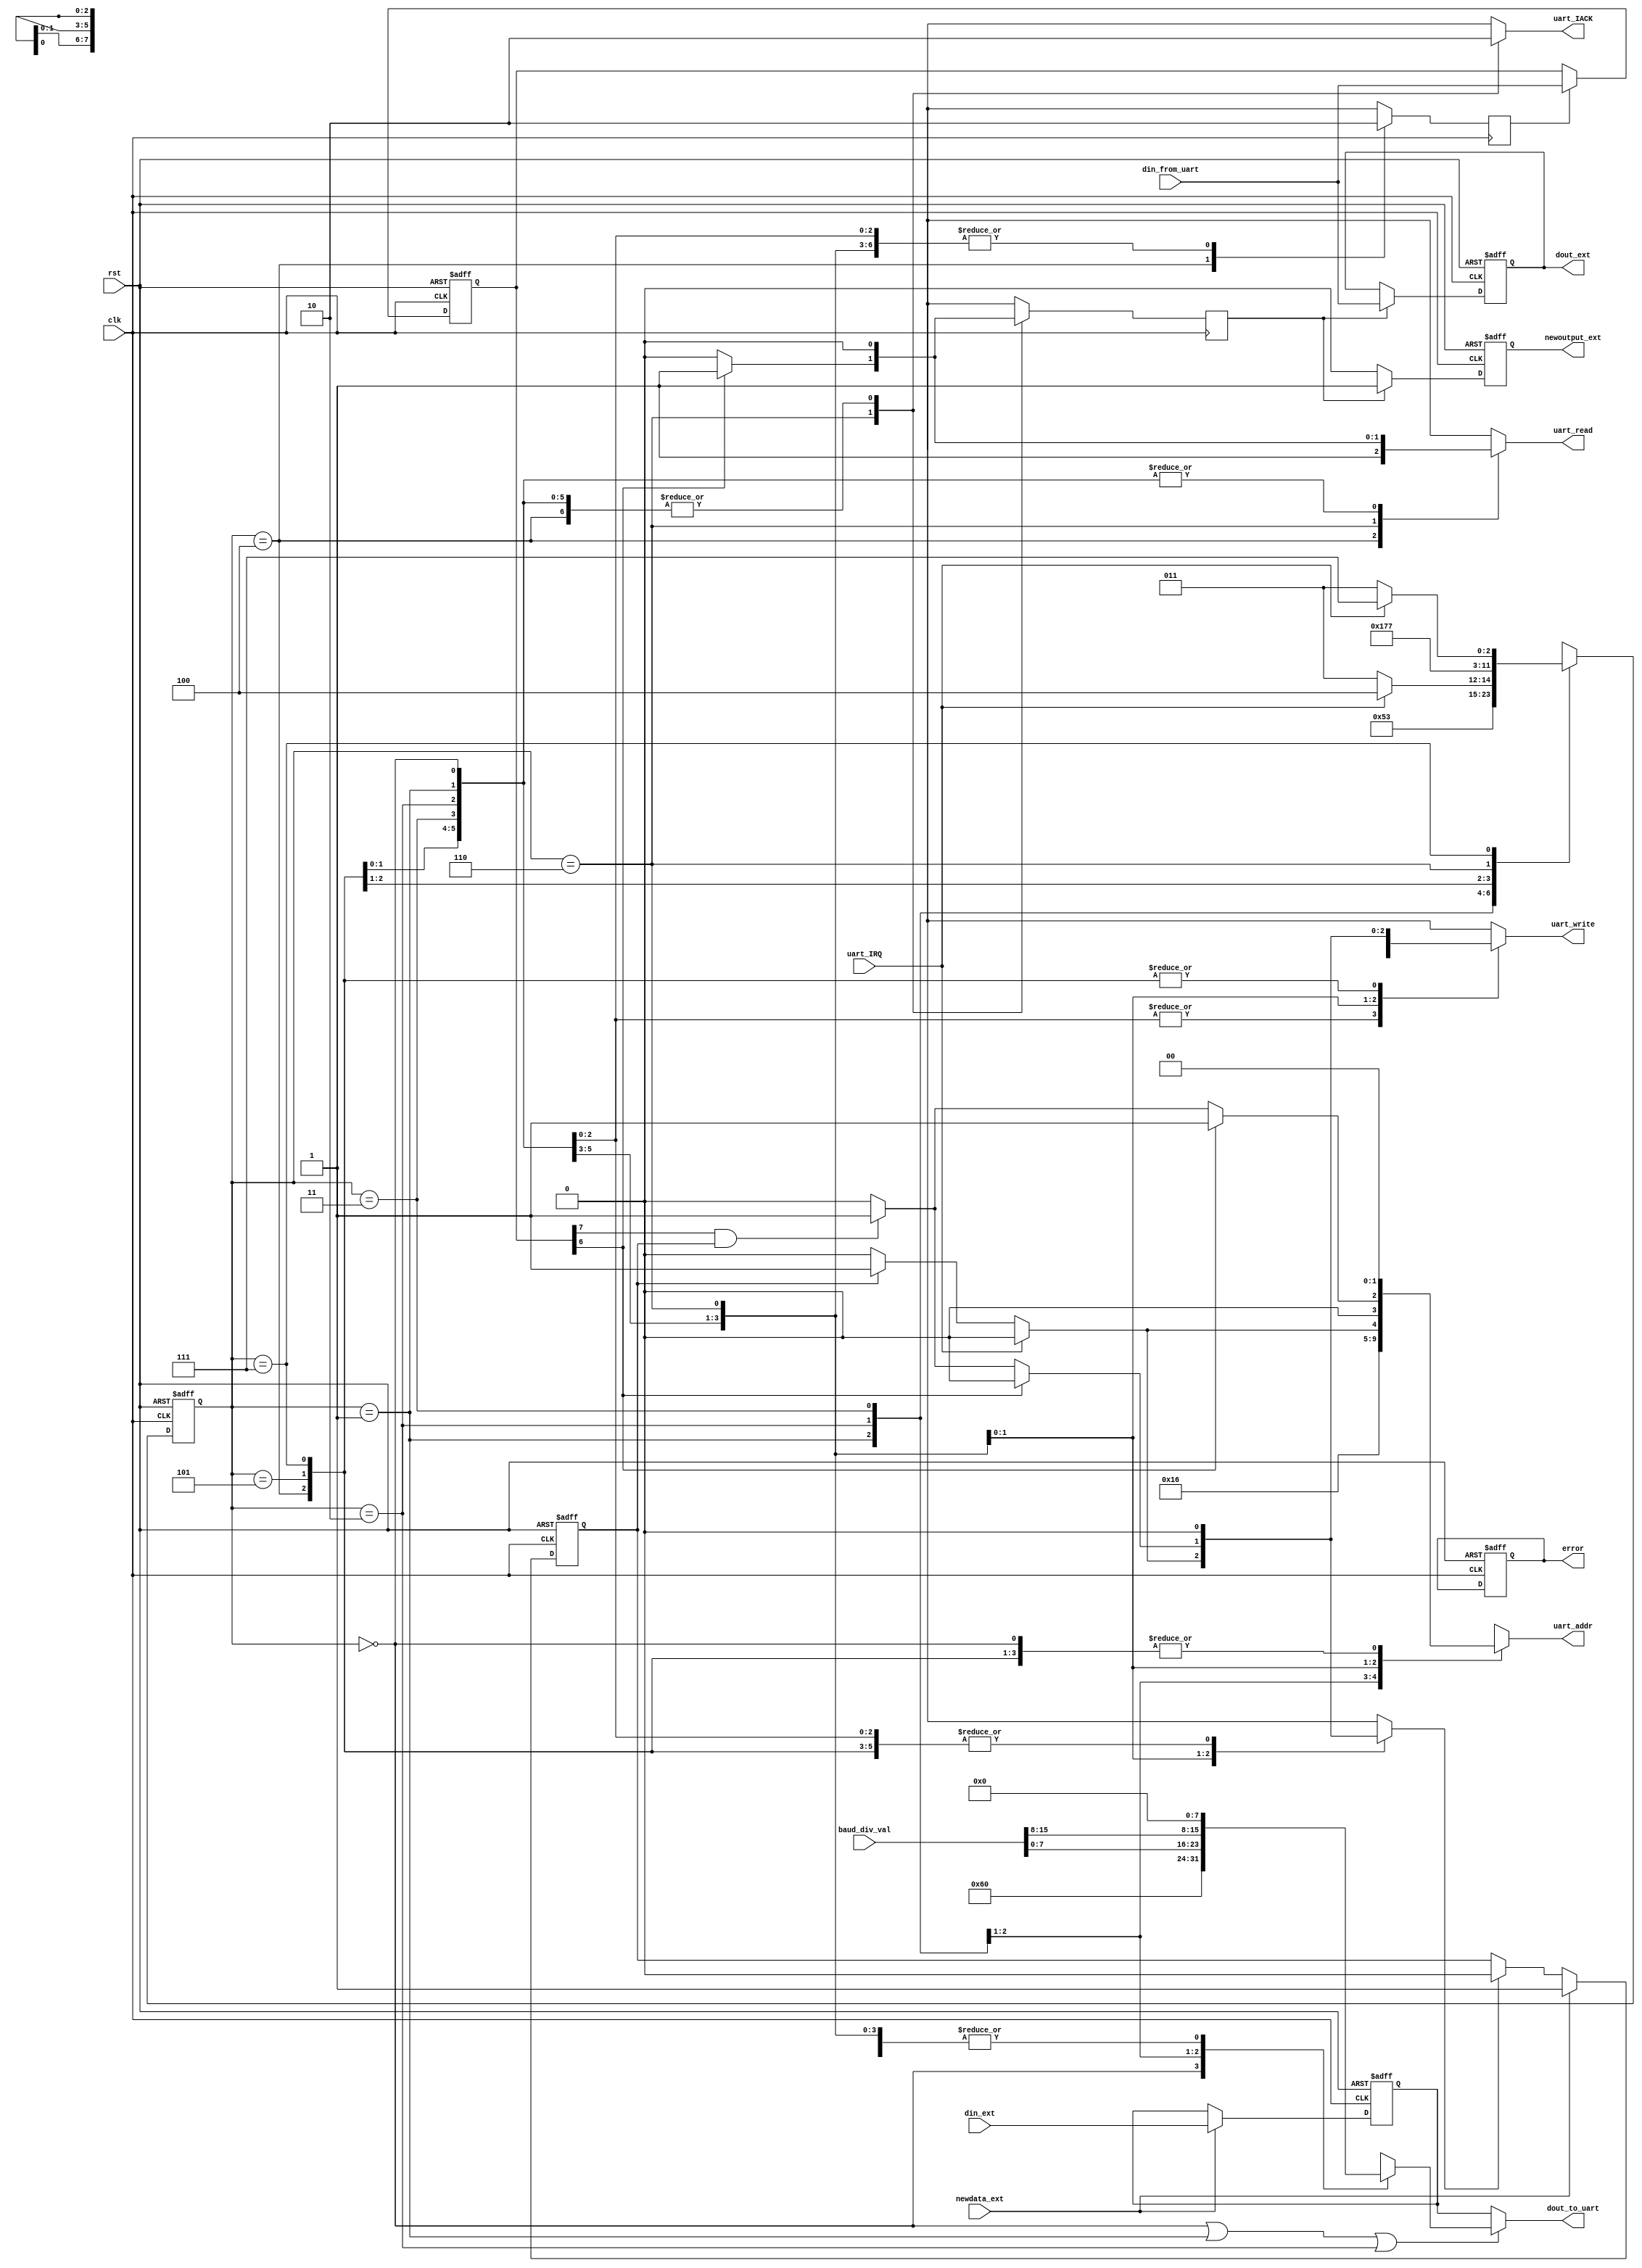
`timescale 1ns / 1ps

`define TE 	status[7]
`define RF 	status[6]
`define FE 	status[5]
`define OVE status[4]
`define PE 	status[3]

module interface(
    input clk,
    input rst,
    input [15:0] baud_div_val,
	/* interface with external IO */
    input newdata_ext,
    input [7:0] din_ext, // extin->interface
    output reg [7:0] dout_ext, // interface -> extout
    output reg newoutput_ext,
	/* interface with UART */ 
    output reg uart_read,
    output reg uart_write,
    output reg uart_IACK,
    input uart_IRQ,
    output reg [1:0] uart_addr,
    input [7:0] din_from_uart, // UART->interface
    output [7:0] dout_to_uart, // interface->UART
    output reg error
    );
	 
reg [7:0] status; // status = { TE, RF, RE, OVE, PE, 3'b000 }
reg write_data_to_uart, new_input_arrived, set_error;
reg read_data, read_status, read_data_delayed_command, read_status_delayed_command;
reg [7:0] ctrl_data, data_buf;

reg [2:0] curr_st, nx_st;
localparam INIT = 3'b000, INIT_2 = 3'b001, INIT_3 = 3'b010, READY = 3'b011, 
			  CHECK_STATUS = 3'b100, CHECK_2 = 3'b101, CHECK_3 = 3'b110, CHECK_4 = 3'b111;

	 
always @(posedge clk, posedge rst)
	if (rst == 'b1)
		curr_st <= INIT;
	else
		curr_st <= nx_st;

assign dout_to_uart = ((curr_st == INIT) || (curr_st == INIT_2) || (curr_st == INIT_3))? ctrl_data : data_buf;

always @(curr_st,uart_IRQ, new_input_arrived, status)
	begin
	uart_write = 'b0;
    uart_read = 'b0;
    uart_IACK = 'b0;
    uart_addr = 2'b00;
    write_data_to_uart = 'b0;
    read_data = 'b0;
    read_status = 'b0;
    ctrl_data = 'b0;
    set_error = 'b0;
	case (curr_st)
		INIT :
			begin
			uart_write = 'b1;
			uart_addr = 2'b00;
			ctrl_data = 8'b01100000; // Receive interrupt enable (control flags)
			nx_st = INIT_2;
			end
		INIT_2 :
			begin
			uart_write = 'b1;
			uart_addr = 2'b10;
			ctrl_data = baud_div_val[7:0]; // load scale LSB
			nx_st = INIT_3;
			end
		INIT_3 :
			begin
			uart_write = 'b1;
			uart_addr = 2'b11;
			ctrl_data = baud_div_val[15:8]; // load scale MSB
			nx_st = READY;
			end
		READY :
			begin
			nx_st = READY;
			if (uart_IRQ == 'b1)
				nx_st = CHECK_STATUS;
			else if (new_input_arrived == 'b1)
				begin
				write_data_to_uart = 'b1;
				uart_write = 'b1;
				uart_addr = 2'b01;
				end
			end
		CHECK_STATUS : // read status register and check status
			begin
			uart_read = 'b1;
			uart_addr = 2'b00;
			read_status = 'b1;
			nx_st = CHECK_2;
			end
      // Delay State : 1 clock period delay 
      // to synch read operation of status flags from UART
		CHECK_2 : nx_st = CHECK_3;
		CHECK_3 :
			begin
			nx_st = CHECK_4;
			uart_IACK = 'b1;
			if (`RF == 'b1) // data ready in RBR
				begin
				uart_read = 'b1;
				uart_addr = 2'b01;
				read_data = 'b1;
				end
			else if ((`TE == 'b1) && (new_input_arrived == 'b1)) // no data in TBR & data for transmit is ready
				begin
				write_data_to_uart = 'b1;
				uart_write = 'b1;
				uart_addr = 2'b01;
				end
			
			//if ((`PE == 'b1) || (`OVE == 'b1) || (`FE == 'b1)) // error detect
			//	set_error <= 'b1;
			end
		CHECK_4 :
			if (uart_IRQ == 'b0)
				begin
				uart_IACK = 'b0;
				nx_st = READY;
				end
			else
				nx_st = CHECK_4;
		default : nx_st = READY;
	endcase
	end

always @(posedge clk)
	begin
	read_status_delayed_command <= read_status;
    read_data_delayed_command <= read_data;
	end
	
always @(posedge clk, posedge rst)
	if (rst == 'b1)
		status <= 'b0;
	else if (read_status_delayed_command == 'b1)
		status <= din_from_uart;

always @(posedge clk, posedge rst)
	if (rst == 'b1)
		begin
		dout_ext <= 'b0;
		newoutput_ext <= 'b0;
		end
	else if (read_data_delayed_command == 'b1)
		begin
		dout_ext <= din_from_uart;
		newoutput_ext <= 'b1;
		end
	else
		newoutput_ext <= 'b0;
		
always @(posedge clk, posedge rst)
	if (rst)
		begin
		data_buf <= 'b0;
		new_input_arrived <= 'b0;
		end
	else if (newdata_ext == 'b1)
		begin
		data_buf <= din_ext;
		new_input_arrived <= 'b1;
		end
	else if (write_data_to_uart == 'b1)
		new_input_arrived <= 'b0;
		
always @(posedge clk, posedge rst)
	if (rst == 'b1)
		error <= 'b0;
	else if (set_error == 'b1)
		error <= 'b1;

endmodule